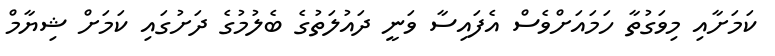
ކަމަށާއި މިވަގުތާ ހަމައަށްވެސް އެފައިސާ ވަނީ ދައުލަތުގެ ބެލުމުގެ ދަށުގައި ކަމަށް ޝިޔާމް